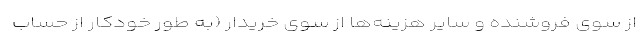
از سوی فروشنده و سایر هزینه‌ها از سوی خریدار (به ‌طور خودکار از حساب